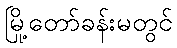
မြို့တော်ခန်းမတွင်